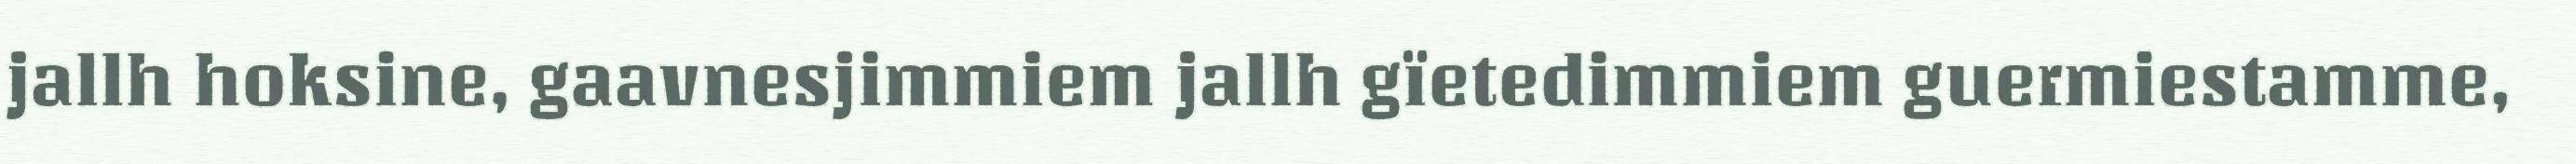
jallh hoksine, gaavnesjimmiem jallh gïetedimmiem guermiestamme,